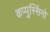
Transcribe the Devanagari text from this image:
कप्पुस्सिंनो